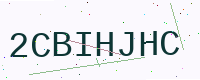
Text: 2CBIHJHC